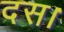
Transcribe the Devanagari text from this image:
दस।